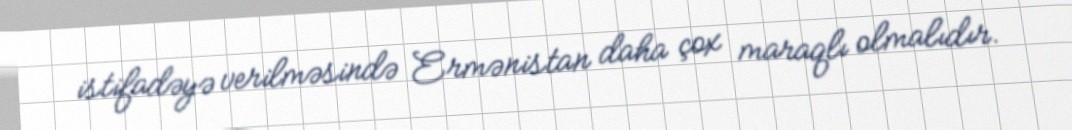
istifadəyə verilməsində Ermənistan daha çox maraqlı olmalıdır.